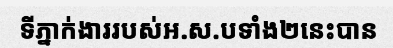
ទីភ្នាក់ងាររបស់អ.ស.បទាំង២នេះបាន